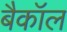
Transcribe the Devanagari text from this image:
बैकॉल